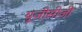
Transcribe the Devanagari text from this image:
यूजीसीजी